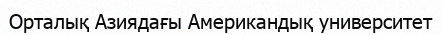
Орталық Азиядағы Американдық университет